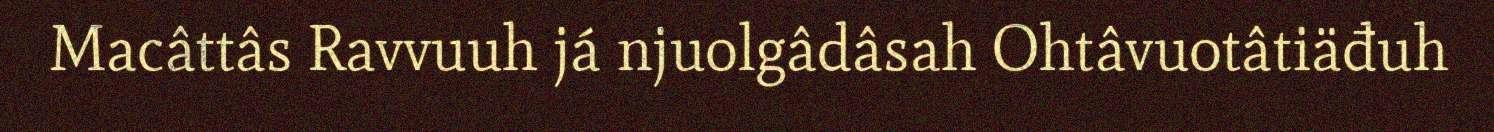
Macâttâs Ravvuuh já njuolgâdâsah Ohtâvuotâtiäđuh